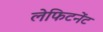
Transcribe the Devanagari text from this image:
लेफिटनेंट